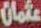
عثمان